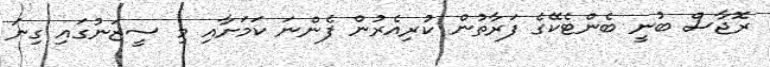
ރޮޖާސް ބުނީ ބެންޓެކޭގެ ފަރާތުން ކުރިއެރުން ފެންނަ ކަމަށާއި މި ސީޒަނުގައި ގިނަ